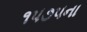
૧૫૭૫ના